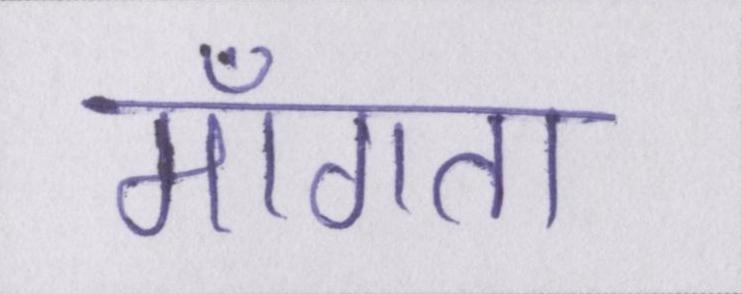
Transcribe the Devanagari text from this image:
माँगता